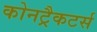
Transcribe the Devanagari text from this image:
कोनट्रैकटर्स